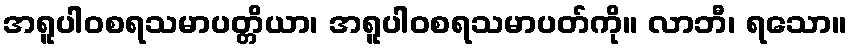
အရူပါဝစရသမာပတ္တိယာ၊ အရူပါဝစရသမာပတ်ကို။ လာဘီ၊ ရသော။